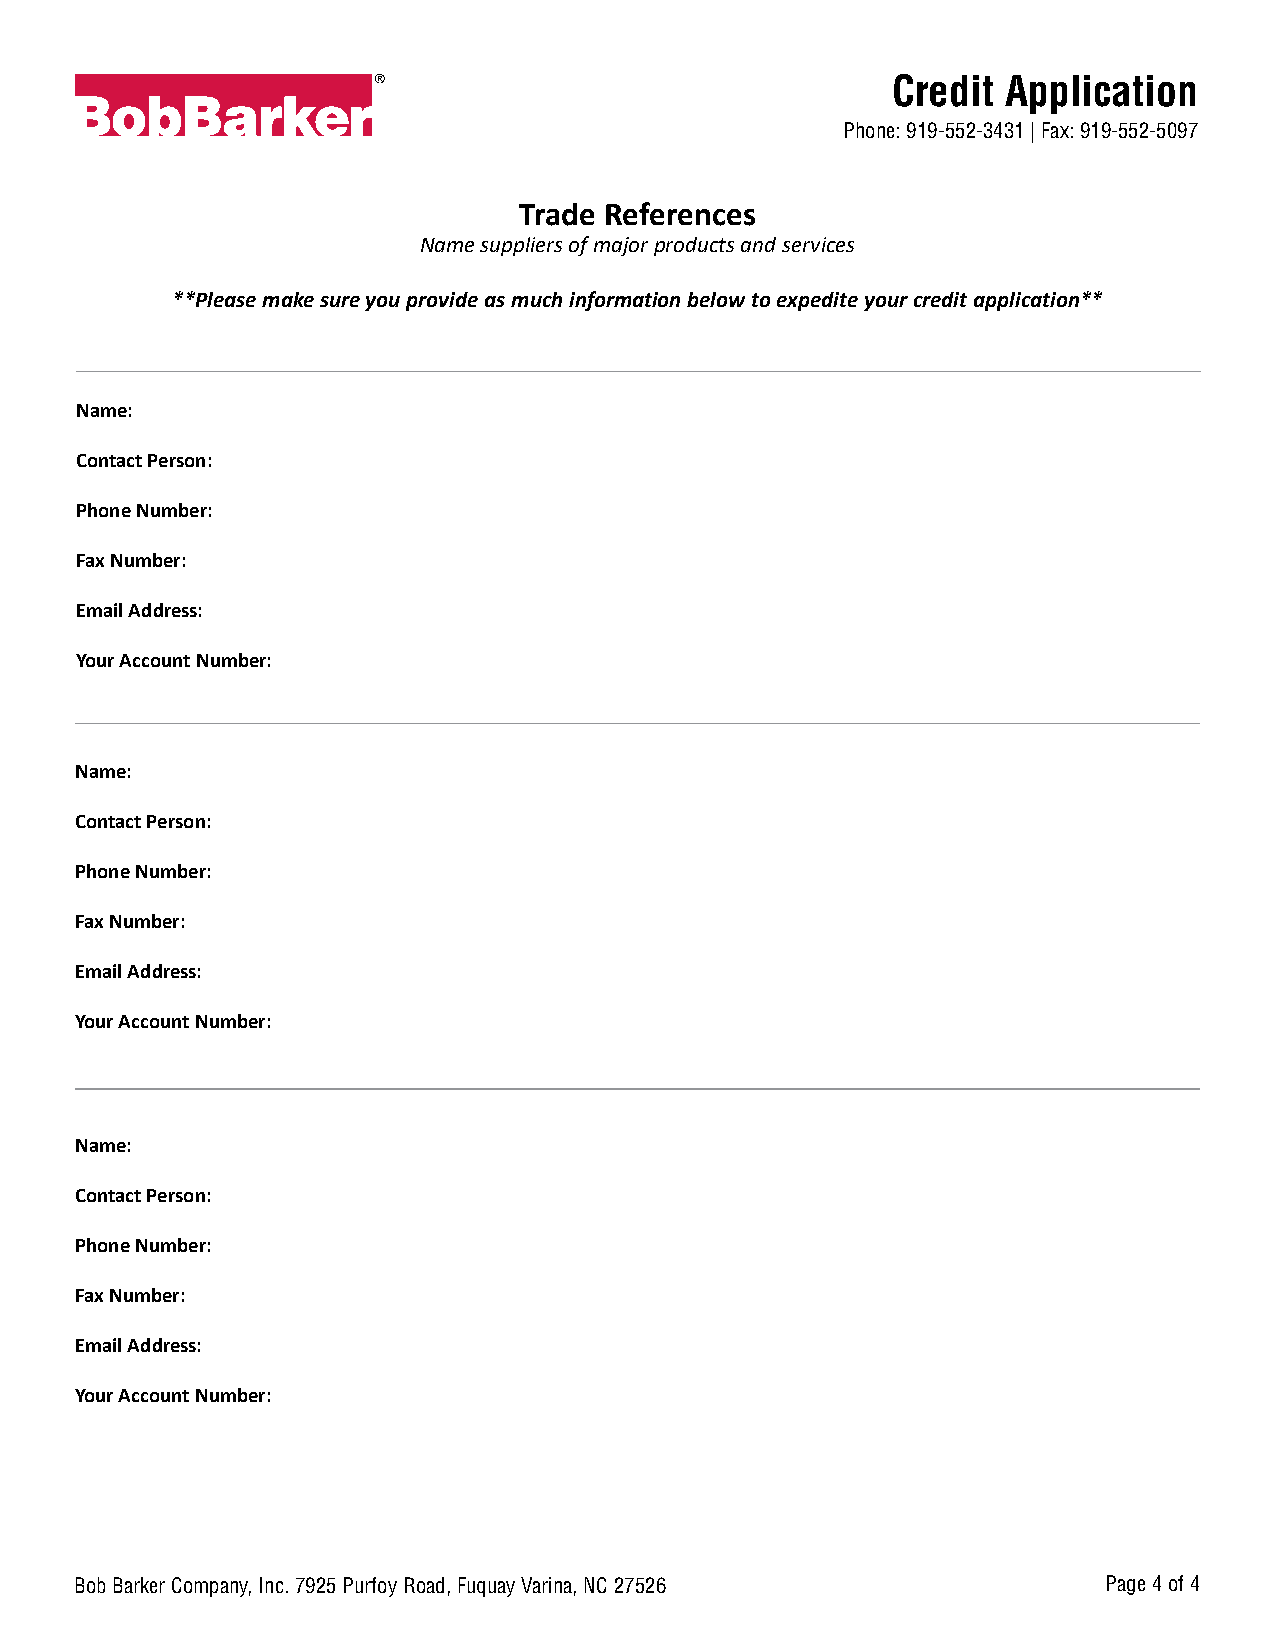
Credit  Application
 Phone: 919-552-3431 | Fax: 919-552-5097
 Trade References
 Name suppliers of major products and services
 **Please make sure you provide as much information below to expedite your credit application**
 Name:
 Contact Person:
 Phone Number:
 Fax Number:
 Email Address:
 Your Account Number:
 Name:
 Contact Person:
 Phone Number:
 Fax Number:
 Email Address:
 Your Account Number:
 Name:
 Contact Person:
 Phone Number:
 Fax Number:
 Email Address:
 Your Account Number:
 Bob Barker Company, Inc. 7925 Purfoy Road, Fuquay Varina, NC 27526  Page 4 of 4